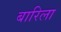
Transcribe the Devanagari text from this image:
बारिला